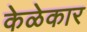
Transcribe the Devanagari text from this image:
केळेकार